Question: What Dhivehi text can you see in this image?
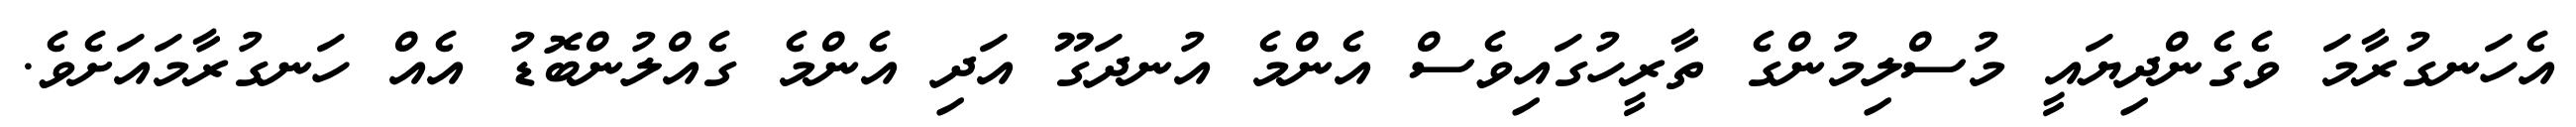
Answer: އެހަނގުރާމަ ވެގެންދިޔައީ މުސްލިމުންގެ ތާރީހުގައިވެސް އެންމެ އުނދަގޫ އަދި އެންމެ ގެއްލުންބޮޑު އެއް ހަނގުރާމައަށެވެ.